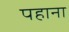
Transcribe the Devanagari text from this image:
पहाना